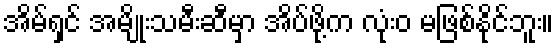
အိမ်ရှင် အမျိုးသမီးဆီမှာ အိပ်ဖို့က လုံးဝ မဖြစ်နိုင်ဘူး။